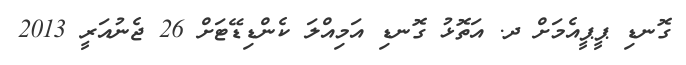
ގޮނޑި ޕީޕީއެމަށް ދ. އަތޮޅު ގޮނޑި އަމިއްލަ ކެންޑިޑޭޓަށް 26 ޖެނުއަރީ 2013